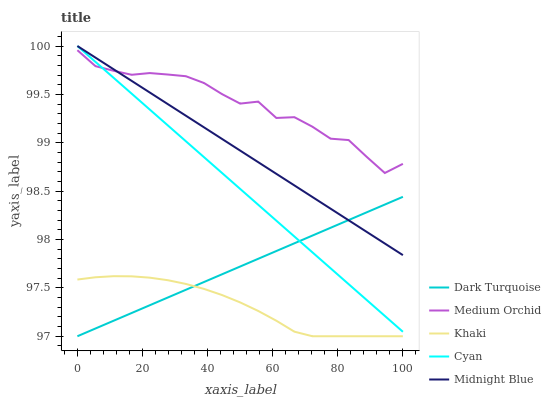
| xaxis_label | Dark Turquoise | Medium Orchid | Khaki | Cyan | Midnight Blue |
 | --- | --- | --- | --- | --- | --- |
 | 0 | 97 | 100 | 97.6 | 100 | 100 |
 | 5.56 | 97.1 | 99.8 | 97.6 | 99.8 | 99.9 |
 | 11.1 | 97.2 | 99.7 | 97.6 | 99.7 | 99.8 |
 | 16.7 | 97.2 | 99.7 | 97.6 | 99.5 | 99.6 |
 | 22.2 | 97.3 | 99.7 | 97.6 | 99.3 | 99.5 |
 | 27.8 | 97.4 | 99.7 | 97.6 | 99.2 | 99.4 |
 | 33.3 | 97.5 | 99.7 | 97.5 | 99 | 99.3 |
 | 38.9 | 97.6 | 99.6 | 97.5 | 98.9 | 99.2 |
 | 44.4 | 97.6 | 99.5 | 97.4 | 98.7 | 99 |
 | 50 | 97.7 | 99.4 | 97.3 | 98.5 | 98.9 |
 | 55.6 | 97.8 | 99.4 | 97.3 | 98.4 | 98.8 |
 | 61.1 | 97.9 | 99.3 | 97.2 | 98.2 | 98.7 |
 | 66.7 | 98 | 99.3 | 97 | 98 | 98.6 |
 | 72.2 | 98 | 99.2 | 97 | 97.9 | 98.4 |
 | 77.8 | 98.1 | 99 | 97 | 97.7 | 98.3 |
 | 83.3 | 98.2 | 99 | 97 | 97.5 | 98.2 |
 | 88.9 | 98.3 | 98.9 | 97 | 97.4 | 98.1 |
 | 94.4 | 98.4 | 98.7 | 97 | 97.2 | 98 |
 | 100 | 98.4 | 98.8 | 97 | 97 | 97.8 |